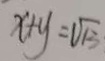
x + y = \sqrt { 1 3 }